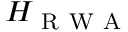
H _ { \mathrm { ~ R ~ W ~ A ~ } }